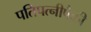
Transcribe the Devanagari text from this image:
पतिपत्‍नीपैकी